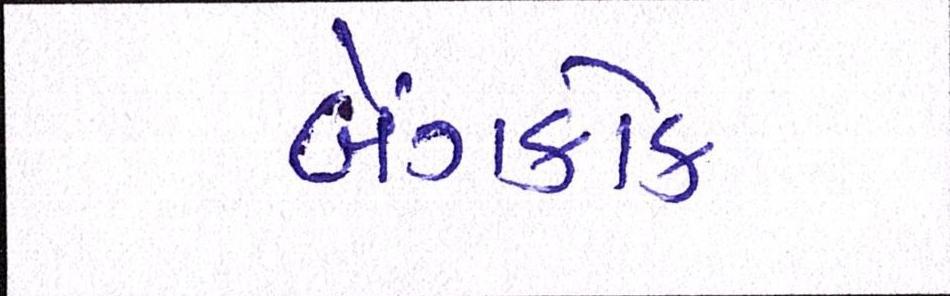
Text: બેંગકોક